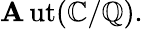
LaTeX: \operatorname{\mathbf{A}ut}(\mathbb{{C}}/\mathbb{{Q}}).